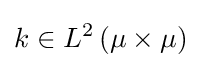
k\in L^{2}\left(\mu \times \mu \right)